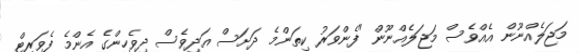
މަޖަލެއްނޫން އެއްވެސް މަޖަލެއްނޫން "ފެންވަރު ކިތަންމެ ދަށަސް އަދިވެސް ދިވެހިންގެ އެންމެ ފެވަރިޓް